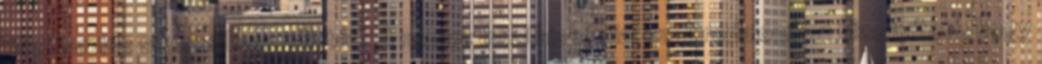
niacinamide sikeres használatát? A nemzetközi biokémiai szakirodalomban bizonyított, hogy